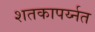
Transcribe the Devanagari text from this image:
शतकापर्य्नत